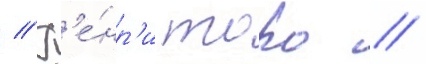
// Г'е́нр'и торо //